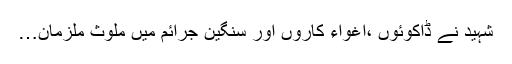
شہید نے ڈاکوئوں ،اغواء کاروں اور سنگین جرائم میں ملوث ملزمان…